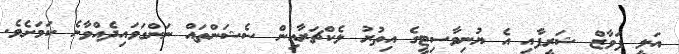
އަލީ ފަވާޒް ޝަރީފާއި އެ ޔުނިވާސިޓީގެ އިތުރު ލެކްޗަރާއިން ސެޝަންތައް ނަންގަވައިދެއްވާނެ ކަމަށެވެ.